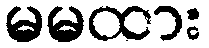
မမထား